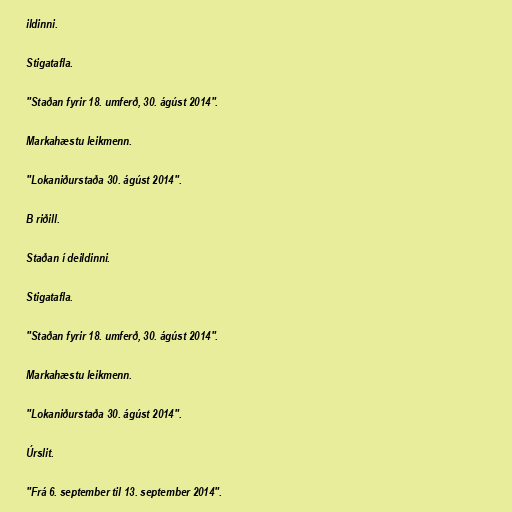
ildinni.

Stigatafla.

"Staðan fyrir 18. umferð, 30. ágúst 2014".

Markahæstu leikmenn.

"Lokaniðurstaða 30. ágúst 2014".

B riðill.

Staðan í deildinni.

Stigatafla.

"Staðan fyrir 18. umferð, 30. ágúst 2014".

Markahæstu leikmenn.

"Lokaniðurstaða 30. ágúst 2014".

Úrslit.

"Frá 6. september til 13. september 2014".